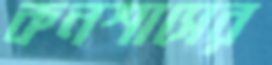
কনশাসের